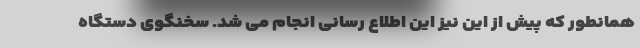
همانطور که پیش از این نیز این اطلاع رسانی انجام می شد. سخنگوی دستگاه